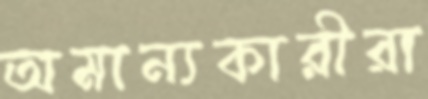
অমান্যকারীরা